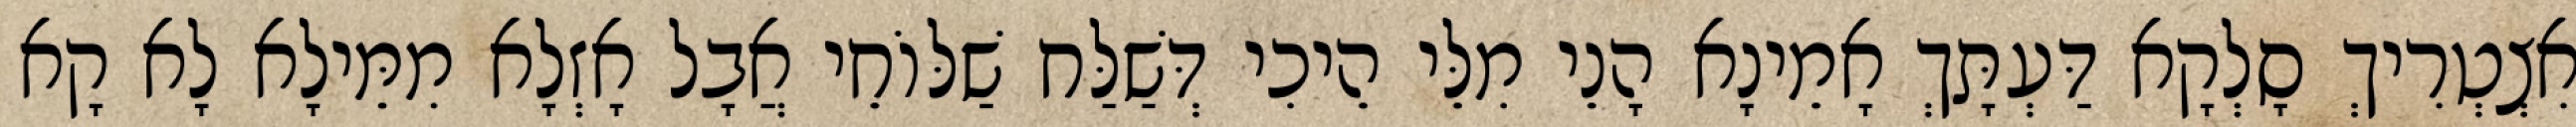
אִצְטְרִיךְ סָלְקָא דַּעְתָּךְ אָמֵינָא הָנֵי מִלֵּי הֵיכִי דְּשַׁלַּח שַׁלּוֹחֵי אֲבָל אָזְלָא מִמֵּילָא לָא קָא